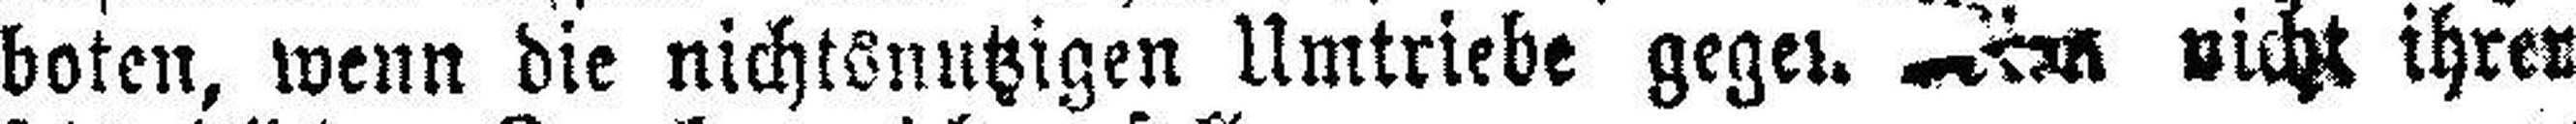
boten, wenn die nichtsnutzigen Umtriebe gegen ###nicht ihrer